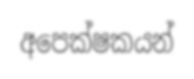
අපෙක්ෂකයන්